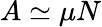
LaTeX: A\simeq\mu N